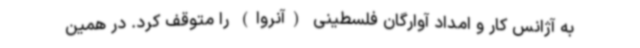
به آژانس کار و امداد آوارگان فلسطینی (آنروا) را متوقف کرد. در همین